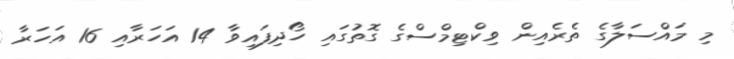
މި މައްސަލާގެ ތެރެއިން ވިކްޓިމްސްގެ ގޮތުގައި ހޯދިފައިވާ 14 އަހަރާއި 16 އަހަރާ